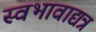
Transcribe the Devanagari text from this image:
स्वभावाद्यत्र